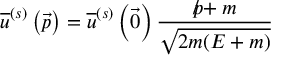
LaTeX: { \overline { { u } } } ^ { ( s ) } \left( { \vec { p } } \right) = { \overline { { u } } } ^ { ( s ) } \left( { \vec { 0 } } \right) { \frac { { p \! \! \! / } + m } { \sqrt { 2 m ( E + m ) } } }